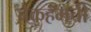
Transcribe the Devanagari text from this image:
बेकहॅमची